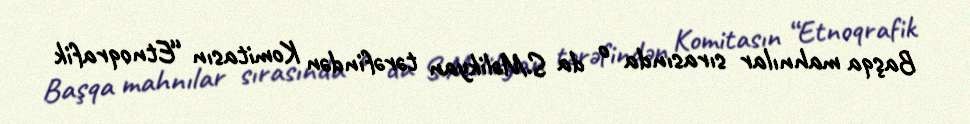
Başqa mahnılar sırasında o da S.Məlikyan tərəfindən Komitasın “Etnoqrafik